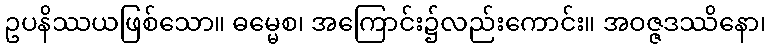
ဥပနိဿယဖြစ်သော။ ဓမ္မေစ၊ အကြောင်း၌လည်းကောင်း။ အဝဇ္ဇဒဿိနော၊